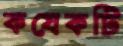
কযেকটি